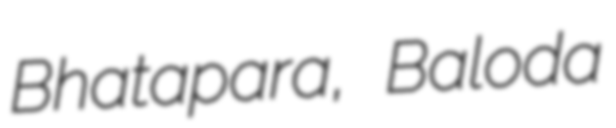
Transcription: Bhatapara, Baloda